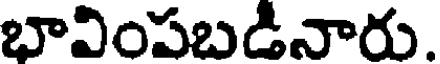
భావింపబడినారు.